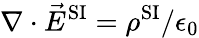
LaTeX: \nabla\cdot{\vec{E}}^{\mathrm{SI}}=\rho^{\mathrm{SI}}/\epsilon_{0}